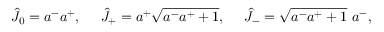
\hat { J } _ { 0 } = a ^ { - } a ^ { + } , ~ ~ ~ ~ \hat { J } _ { + } = a ^ { + } \sqrt { a ^ { - } a ^ { + } + 1 } , ~ ~ ~ ~ \hat { J } _ { - } = \sqrt { a ^ { - } a ^ { + } + 1 } ~ a ^ { - } ,